Report of the Indian Hemp Drugs Commission, 1894-1895 - Volume V
Year: 1894
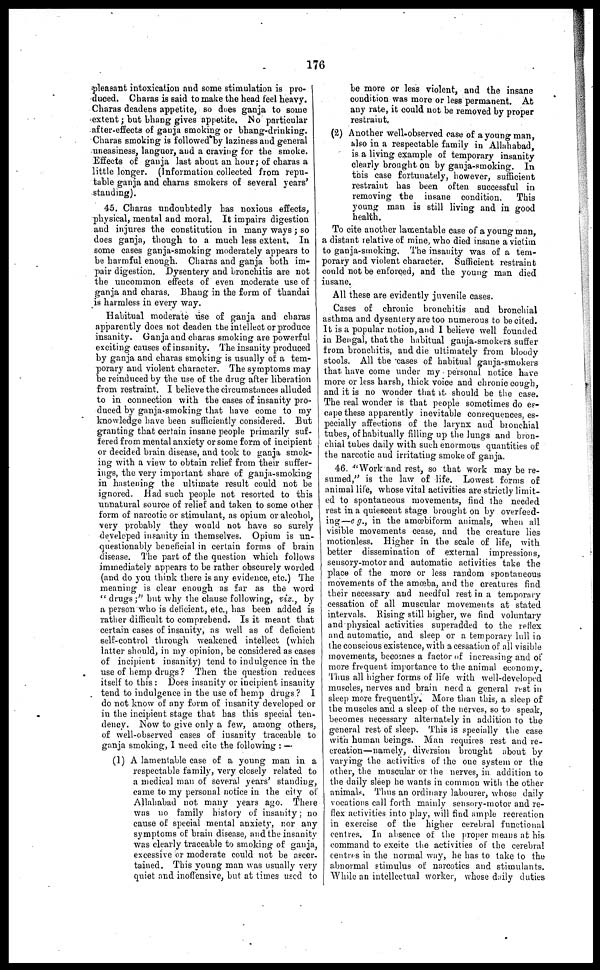
176
pleasant intoxication and some stimulation is pro-
duced. Charas is said to make the head feel heavy.
Charas deadens appetite, so does ganja to some
extent; but bhang gives appetite. No particular
after-effects of ganja smoking or bhang-drinking.
Charas smoking is followed by laziness and general
uneasiness, languor, and a craving for the smoke.
Effects of ganja last about an hour; of charas a
little longer. (Information collected from repu-
table ganja and charas smokers of several years'
standing).
45. Charas undoubtedly has noxious effects,
physical, mental and moral. It impairs digestion
and injures the constitution in many ways; so
does ganja, though to a much less extent. In
some cases ganja-smoking moderately appears to
be harmful enough. Charas and ganja both im-
pair digestion. Dysentery and bronchitis are not
the uncommon effects of even moderate use of
ganja and charas. Bhang in the form of thandai
is harmless in every way.
Habitual moderate use of ganja and charas
apparently does not deaden the intellect or produce
insanity. Ganja and charas smoking are powerful
exciting causes of insanity. The insanity produced
by ganja and charas smoking is usually of a tem-
porary and violent character. The symptoms may
be reinduced by the use of the drug after liberation
from restraint. I believe the circumstances alluded
to in connection with the cases of insanity pro-
duced by ganja-smoking that have come to my
knowledge have been sufficiently considered. But
granting that certain insane people primarily suf-
fered from mental anxiety or some form of incipient
or decided brain disease, and took to ganja smok-
ing with a view to obtain relief from their suffer-
ings, the very important share of ganja-smoking
in hastening the ultimate result could not be
ignored. Had such people not resorted to this
unnatural source of relief and taken to some other
form of narcotic or stimulant, as opium or alcohol,
very probably they would not have so surely
developed insanity in themselves. Opium is un-
questionably beneficial in certain forms of brain
disease. The part of the question which follows
immediately appears to be rather obscurely worded
(and do you think there is any evidence, etc.) The
meaning is clear enough as far as the word
"drugs;" but why the clause following, viz., by
a person who is deficient, etc., has been added is
rather difficult to comprehend. Is it meant that
certain cases of insanity, as well as of deficient
self-control through weakened intellect (which
latter should, in my opinion, be considered as cases
of incipient insanity) tend to indulgence in the
use of hemp drugs? Then the question reduces
itself to this: Does insanity or incipient insanity
tend to indulgence in the use of hemp drugs? I
do not know of any form of insanity developed or
in the incipient stage that has this special ten-
dency. Now to give only a few, among others,
of well-observed cases of insanity traceable to
ganja smoking, I need cite the following:-
(1) A lamentable case of a young man in a
respectable family, very closely related to
a medical man of several years' standing,
came to my personal notice in the city of
Allahabad not many years ago. There
was no family history of insanity; no
cause of special mental auxiety, nor any
symptoms of brain disease, and the insanity
was clearly traceable to smoking of ganja,
excessive or moderate could not be ascer-
tained. This young man was usually very
quiet and inoffensive, but at times used to
be more or less violent, and the insane
condition was more or less permanent. At
any rate, it could not be removed by proper
restraint.
(2) Another well-observed case of a young man,
also in a respectable family in Allahabad,
is a living example of temporary insanity
clearly brought on by ganja-smoking. In
this case fortunately, however, sufficient
restraint has been often successful in
removing the insane condition.
This
young man is still living and in good
health.
To cite another lamentable case of a young man,
a distant relative of mine, who died insane a victim
to ganja-smoking. The insanity was of a tem-
porary and violent character. Sufficient restraint
could not be enforced, and the young man died
insane.
All these are evidently juvenile cases.
Cases of chronic bronchitis and bronchial
asthma and dysentery are too numerous to be cited.
It is a popular notion, and I believe well founded
in Bengal, that the habitual ganja-smokers suffer
from bronchitis, and die ultimately from bloody
stools. All the cases of habitual ganja-smokers
that, have come under my personal notice have
more or less harsh, thick voice and chronic cough,
and it is no wonder that it- should be the case.
The real wonder is that people sometimes do es-
cape these apparently inevitable consequences, es-
pecially affections of the larynx and bronchial
tubes, of habitually filling up the lungs and bron-
chial tubes daily with such enormous quantities of
the narcotic and irritating smoke of ganja.
46 "Work and rest, so that work may be re-
sumed," is the law of life. Lowest forms of
animal life, whose vital activities are strictly limit-
ed to spontaneous movements, find the needed
rest in a quiescent stage brought on by overfeed-
ing—e g., in the amœbiform animals, when all
visible movements cease, and the creature lies
motionless. Higher in the scale of life, with
better dissemination of external impressions,
sensory-motor and automatic activities take the
place of the more or less random spontaneous
movements of the amœba, and the creatures find
their necessary and needful rest in a temporary
cessation of all muscular movements at stated
intervals. Rising still higher, we find voluntary
and physical activities superadded to the reflex
and automatic, and sleep or a temporary lull in
the conscious existence, with a cessation of all visible
movements, becomes a factor of increasing and of
more frequent importance to the animal economy.
Thus all higher forms of life with well-developed
muscles, nerves and brain need a general rest in
sleep more frequently. More than this, a sleep of
the muscles and a sleep of the nerves, so to speak,
becomes necessary alternately in addition to the
general rest of sleep. This is specially the case
with human beings. Man requires rest and re-
creation—namely, diversion brought about by
varying the activities of the one system or the
other, the muscular or the nerves, in addition to
the daily sleep he wants in common with the other
animals. Thus an ordinary labourer, whose daily
vocations call forth mainly sensory-motor and re-
flex activities into play, will find ample recreation
in exercise of the higher cerebral functional
centres. In absence of the proper means at his
command to excite the activities of the cerebral
centres in the normal way, he has to take to the
abnormal stimulus of narcotics and stimulants.
While an intellectual worker, whose daily duties